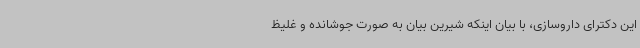
این دکترای داروسازی، با بیان اینکه شیرین بیان به صورت جوشانده و غلیظ